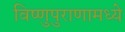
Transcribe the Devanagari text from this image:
विष्णुपुराणामध्ये